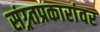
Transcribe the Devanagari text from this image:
संग्र्र्तप्रकारांवर